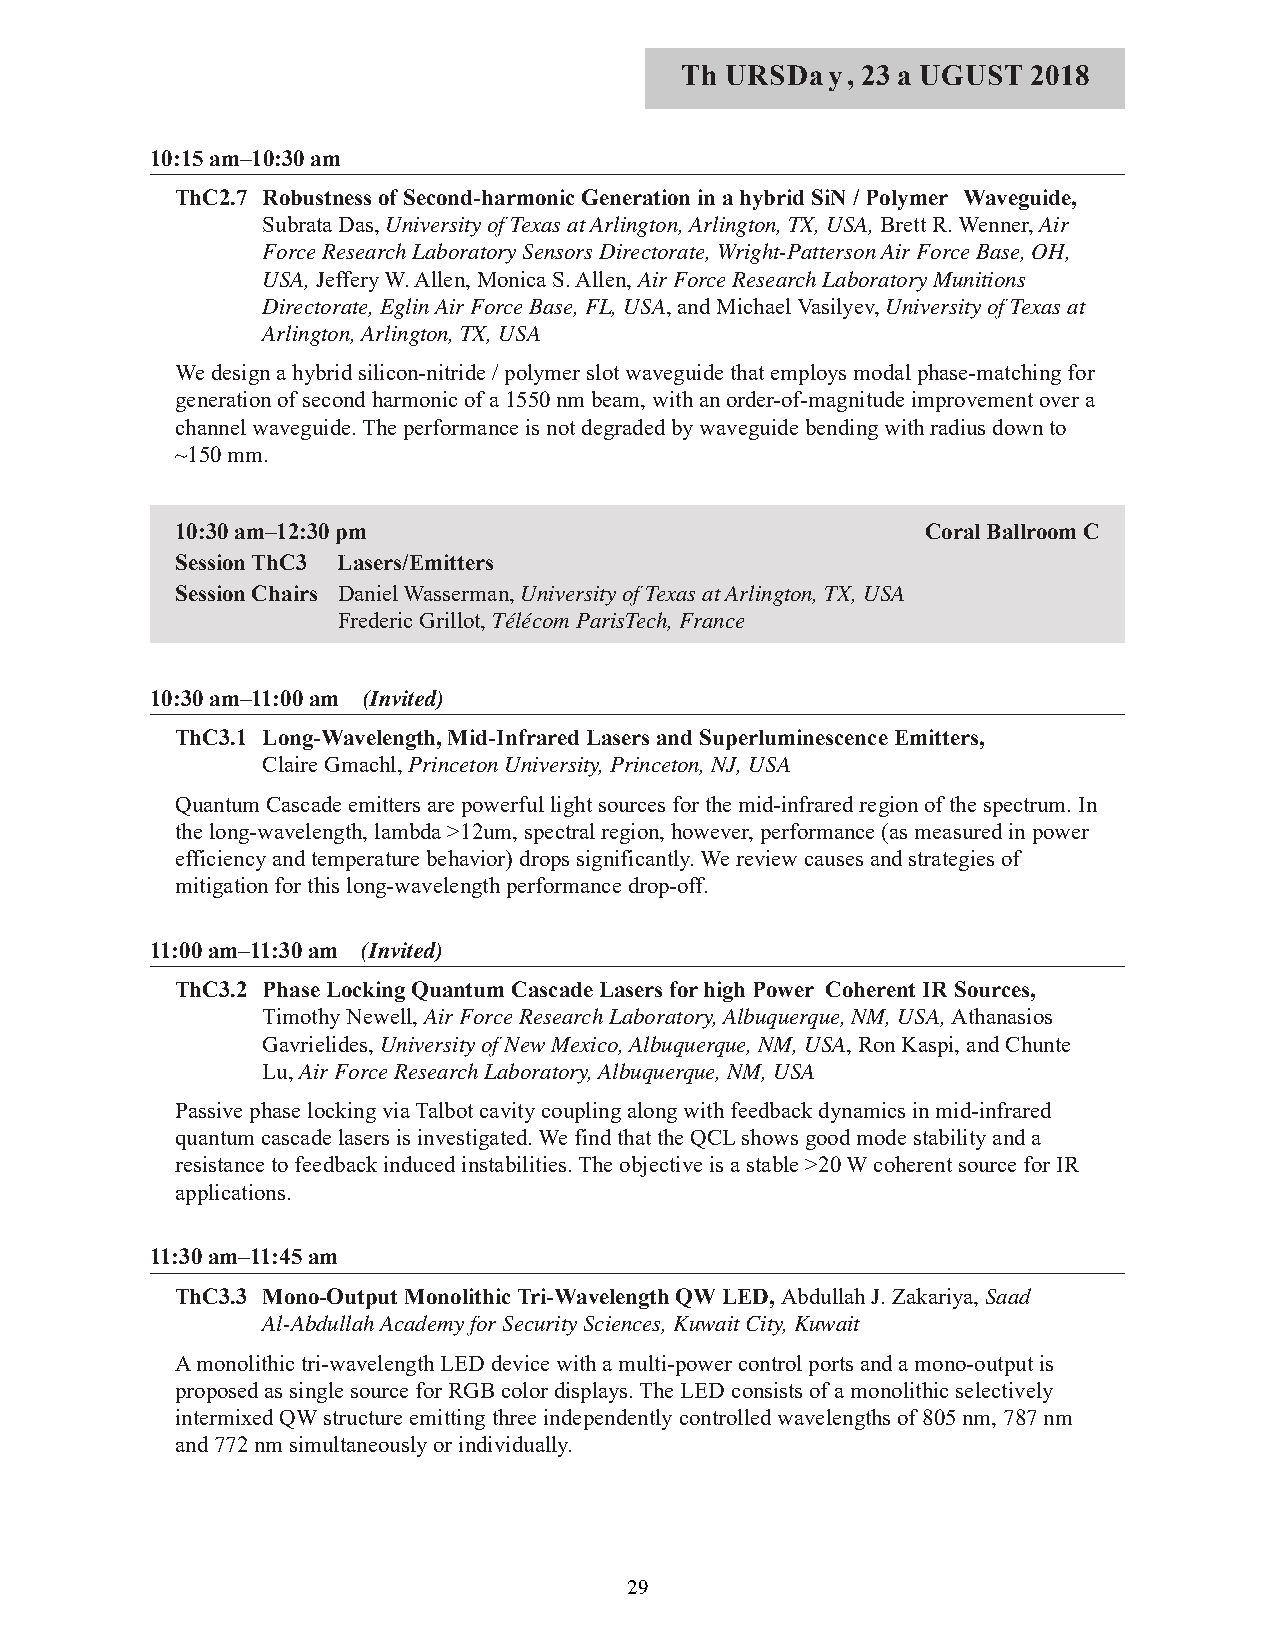
Th URSDay,  23 a UGUST 2018
 10:15 am–10:30 am
 ThC2.7 Robustness of Second-harmonic Generation in a hybrid SiN / Polymer Waveguide,
 Subrata Das, University of Texas at Arlington, Arlington, TX, USA, Brett R. Wenner, Air
 Force Research Laboratory Sensors Directorate, Wright-Patterson Air Force Base, OH,
 USA, Jeffery W. Allen, Monica S. Allen, Air Force Research Laboratory Munitions
 Directorate, Eglin Air Force Base, FL, USA, and Michael Vasilyev, University of Texas at
 Arlington, Arlington, TX, USA
 We design a hybrid silicon-nitride / polymer slot waveguide that employs modal phase-matching for
 generation of second harmonic of a 1550 nm beam, with an order-of-magnitude improvement over a
 channel waveguide. The performance is not degraded by waveguide bending with radius down to
 ~150 mm.
 10:30 am–12:30 pm                                Coral Ballroom C
 Session ThC3 Lasers/Emitters
 Session Chairs Daniel Wasserman, University of Texas at Arlington, TX, USA
 Frederic Grillot, Télécom ParisTech, France
 10:30 am–11:00 am (Invited)
 ThC3.1 Long-Wavelength, Mid-Infrared Lasers and Superluminescence Emitters,
 Claire Gmachl, Princeton University, Princeton, NJ, USA
 Quantum Cascade emitters are powerful light sources for the mid-infrared region of the spectrum. In
 the long-wavelength, lambda >12um, spectral region, however, performance (as measured in power
 efficiency and temperature behavior) drops significantly. We review causes and strategies of
 mitigation for this long-wavelength performance drop-off.
 11:00 am–11:30 am (Invited)
 ThC3.2 Phase Locking Quantum Cascade Lasers for high Power Coherent IR Sources,
 Timothy Newell, Air Force Research Laboratory, Albuquerque, NM, USA, Athanasios
 Gavrielides, University of New Mexico, Albuquerque, NM, USA, Ron Kaspi, and Chunte
 Lu, Air Force Research Laboratory, Albuquerque, NM, USA
 Passive phase locking via Talbot cavity coupling along with feedback dynamics in mid-infrared
 quantum cascade lasers is investigated. We find that the QCL shows good mode stability and a
 resistance to feedback induced instabilities. The objective is a stable >20 W coherent source for IR
 applications.
 11:30 am–11:45 am
 ThC3.3 Mono-Output Monolithic Tri-Wavelength QW LED, Abdullah J. Zakariya, Saad
 Al-Abdullah Academy for Security Sciences, Kuwait City, Kuwait
 A monolithic tri-wavelength LED device with a multi-power control ports and a mono-output is
 proposed as single source for RGB color displays. The LED consists of a monolithic selectively
 intermixed QW structure emitting three independently controlled wavelengths of 805 nm, 787 nm
 and 772 nm simultaneously or individually.
 29